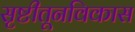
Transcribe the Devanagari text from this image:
सृष्टीतूनविकास